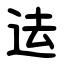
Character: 迲